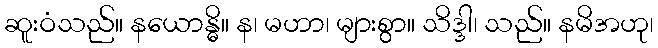
ဆူးဝံသည်။ နယောန္ဓိ။ န၊ မဟာ၊ များစွာ။ သိဒ္ဒါ၊ သည်။ နမိအဟု၊